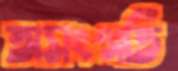
অসংগতি